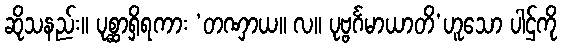
ဆိုသနည်း။ ပုစ္ဆာရှိရကား ‘တဏှာယ။ လ။ ပုဗ္ဗင်္ဂမာယာတိ’ဟူသော ပါဌ်ကို